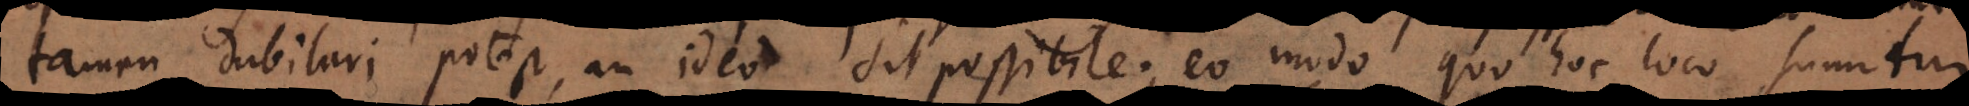
tamen dubitari potest, an ideo sit possibile; eo modo quo hoc loco sumitur